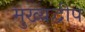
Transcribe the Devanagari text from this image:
मुख्यद्वीप